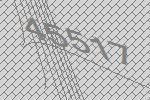
45517